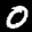
Label: 0